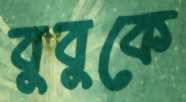
বুবুকে